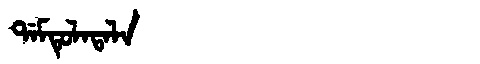
Manchu: ᡩᠠᠮᡨᡠᠯᠠᡨᠠᠯᠠ
Romanization: DAMTULATALA